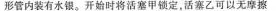
形管内装有水银。开始时将活塞甲锁定，活塞乙可以无摩擦